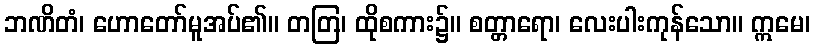
ဘဏိတံ၊ ဟောတော်မူအပ်၏။ တတြ၊ ထိုစကား၌။ စတ္တာရော၊ လေးပါးကုန်သော။ ဣမေ၊